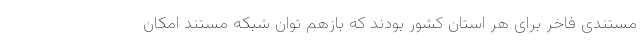
مستندی فاخر برای هر استان کشور بودند که بازهم توان شبکه مستند امکان